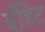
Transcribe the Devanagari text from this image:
बँडिट